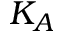
K _ { A }